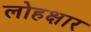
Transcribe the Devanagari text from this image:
लोहक्षार